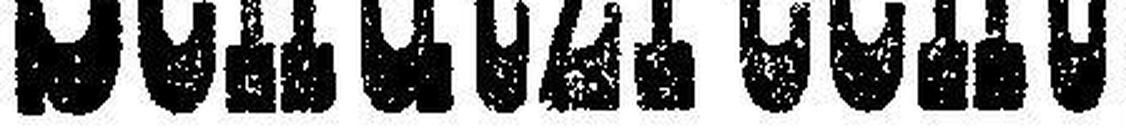
Schutzrecht